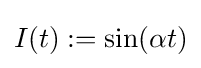
I(t):=\sin(\alpha t)